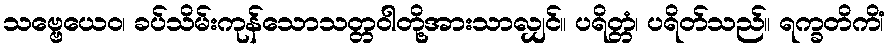
သဗ္ဗေယေဝ၊ ခပ်သိမ်းကုန်သောသတ္တဝါတို့အားသာလျှင်။ ပရိတ္တံ၊ ပရိတ်သည်။ ရက္ခတိကိံ၊